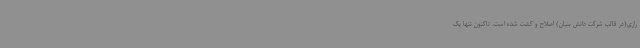
رازی(در قالب شرکت دانش بنیان) اصلاح و کشت شده است. تاکنون تنها یک